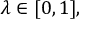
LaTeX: \lambda \in [ 0 , 1 ] ,